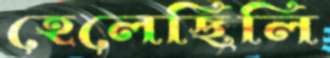
হেলেছিলি